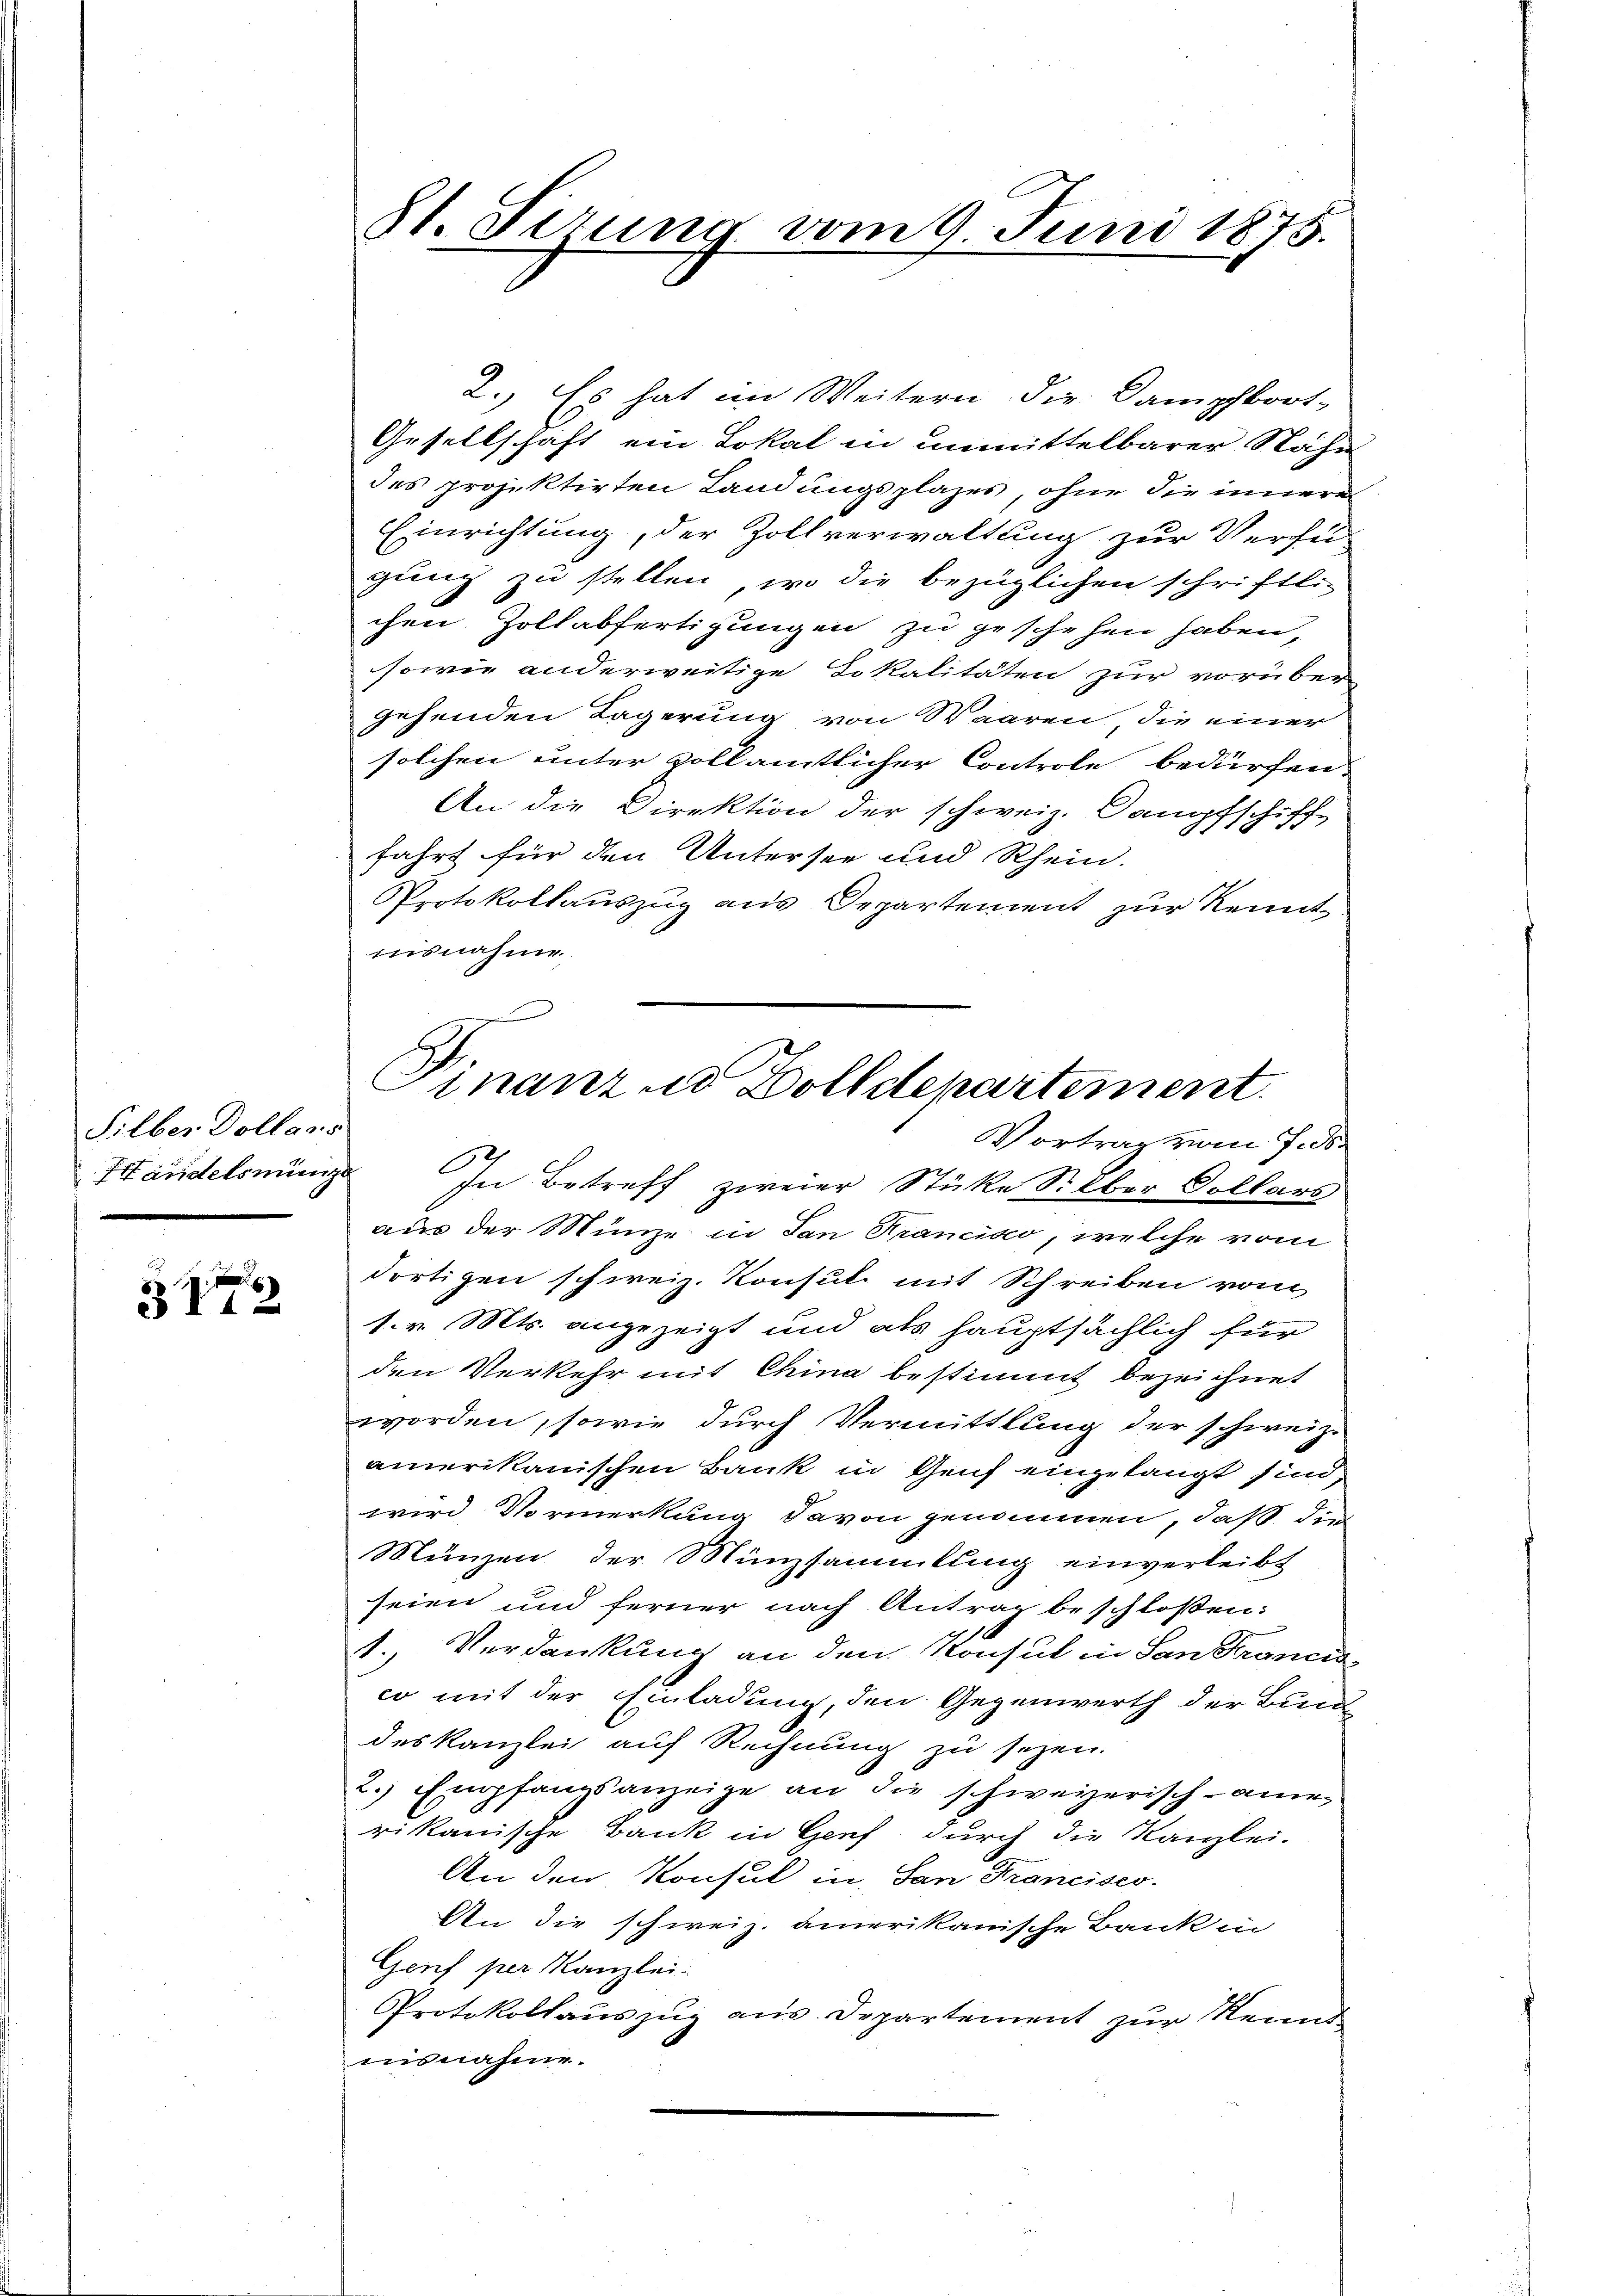
Silber Dollans

31

8t. Perung vom 9. Juni 1875.

2. Es hat im Weitern die Dampfboot-
Gesellschaft ein Lokal in unmittelbarer Nähe
des projektirten Landungsplazes, ohne die innere
Einrichtung, der Zollverwaltung zur Verfü
gung zu stellen, wo die bezüglichen schriftlic
chen Zollabfertigungen zu geschehen haben,
sowie anderweitige Lokalitäten zur vorüber
gehenden Lagerung von Waaren, die einer
solchen unter vollamtlicher Controle bedürfen
An die Direktion der schweiz. Dampfschiff
fahrt für den Untersee und Rhein.
Protokollauszug aus Departement zur Kennt
nisnahme.
Vortrag vom 7. ds.
Händelsnunge In Betreff zweier Stücke Silber Collars
aus der Münze in San Francisco, welche vom
dortigen schweiz. Konsul mit Schreiben vom
1. v. Mts. angezeigt und als hauptsächlich für
den Verkehr mit China bestimmt bezeichnet
worden, sowie durch Vermittlung der schweiz.
amerikanischen Bank in Genf eingelangt sind,
wird Vormerkung davon genommen, daß die
Münzen der Münzsammlung einverleibt
seien und ferner nach Antrag beschloßen:
1. Verdankung an den Konsul in San Seronin
co mit der Einladung, den Gegenwerth der Bund
des Kanzlei auf Rechnung zu sezen.
2.) Empfangsanzeige an die schweizerisch-ane
rikanische Bank in Genf durch die Kanzlei-
An den Konsul in San Francises.
An die schweiz. amerikanische Bank in
Genf per Kanzlei.
Protokollauszug aus Departement zur Kenntinsnahme.

Finanz in Dolldepartement.